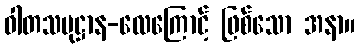
ဝါတသမုဋ္ဌာန-လေကြောင့် ဖြစ်သော အနာ။